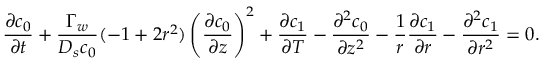
\frac { \partial c _ { 0 } } { \partial t } + \frac { \Gamma _ { w } } { D _ { s } c _ { 0 } } ( - 1 + 2 r ^ { 2 } ) \left( \frac { \partial c _ { 0 } } { \partial z } \right) ^ { 2 } + \frac { \partial c _ { 1 } } { \partial T } - \frac { \partial ^ { 2 } c _ { 0 } } { \partial z ^ { 2 } } - \frac { 1 } { r } \frac { \partial c _ { 1 } } { \partial r } - \frac { \partial ^ { 2 } c _ { 1 } } { \partial r ^ { 2 } } = 0 .